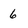
Character: 6